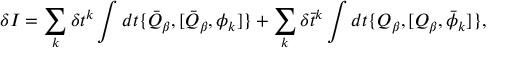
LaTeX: \delta I = \sum _ { k } \delta t ^ { k } \int d t \{ \bar { Q } _ { \beta } , [ \bar { Q } _ { \beta } , \phi _ { k } ] \} + \sum _ { k } \delta \bar { t } ^ { k } \int d t \{ Q _ { \beta } , [ Q _ { \beta } , \bar { \phi } _ { k } ] \} ,